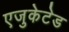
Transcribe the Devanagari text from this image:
एजुकेटेड